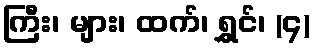
ကြီး၊ များ၊ ထက်၊ ရွှင်၊ (၄)